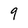
Character: 9